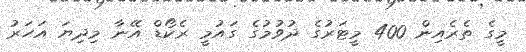
މީގެ ތެރެއިން 400 މީޓަރުގެ ދުވުމުގެ ގައުމީ ރެކޯޑް އޭނާ މިދިޔަ އަހަރު